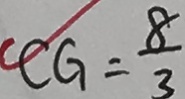
C G = \frac { 8 } { 3 }